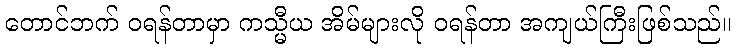
တောင်ဘက် ဝရန်တာမှာ ကသ္မီယ အိမ်များလို ဝရန်တာ အကျယ်ကြီးဖြစ်သည်။